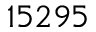
1 5 2 9 5